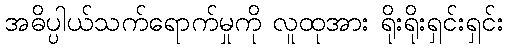
အဓိပ္ပါယ်သက်ရောက်မှုကို လူထုအား ရိုးရိုးရှင်းရှင်း